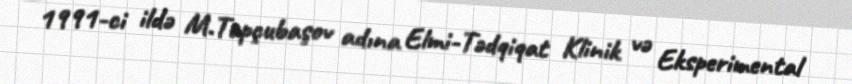
1991-ci ildə M.Topçubaşov adına Elmi-Tədqiqat Klinik və Eksperimental